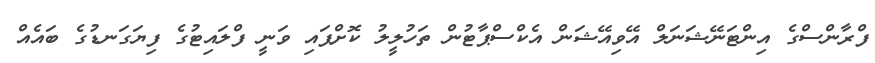
ފްރާންސްގެ އިންޓަނޭޝަނަލް އޭވިއޭޝަން އެކްސްޕާޓުން ތަހުލީލު ކޮށްފައި ވަނީ ފްލައިޓުގެ ފިޔަގަނޑުގެ ބައެއް